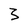
Character: 3